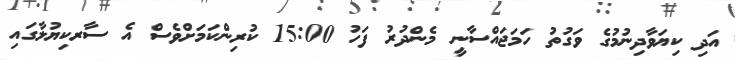
އަދި ކިޔަވާދިނުމުގެ ވަގުތު ހަމަޖައްސާނީ މެންދުރު ފަހު 15:00 ކުރިންކަމަށްވެސް އެ ސާރކިޔުލާގައި